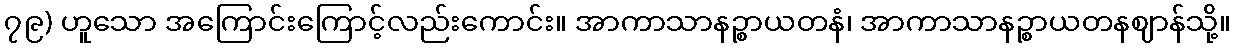
၇၉) ဟူသော အကြောင်းကြောင့်လည်းကောင်း။ အာကာသာနဉ္စာယတနံ၊ အာကာသာနဉ္စာယတနဈာန်သို့။